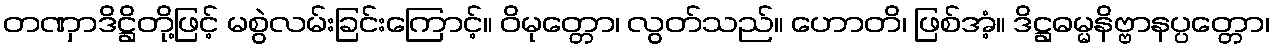
တဏှာဒိဋ္ဌိတို့ဖြင့် မစွဲလမ်းခြင်းကြောင့်။ ဝိမုတ္တော၊ လွတ်သည်။ ဟောတိ၊ ဖြစ်အံ့။ ဒိဋ္ဌဓမ္မနိဗ္ဗာနပ္ပတ္တော၊